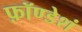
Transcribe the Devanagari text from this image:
फ़ॉण्डेशं